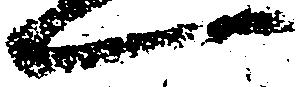
一